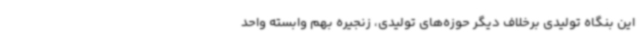
این بنگاه تولیدی برخلاف دیگر حوزه‌های تولیدی، زنجیره بهم وابسته واحد